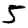
Digit: 5